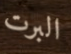
البرت